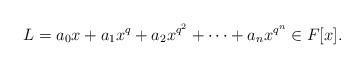
LaTeX: \begin{align*}L=a_0x+a_1x^q+a_2x^{q^2}+\cdots+a_n x^{q^n} \in F[x].\end{align*}